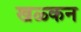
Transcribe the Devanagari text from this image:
खळ्कन